Report of the Indian Hemp Drugs Commission, 1894-1895 - Volume IV
Year: 1894
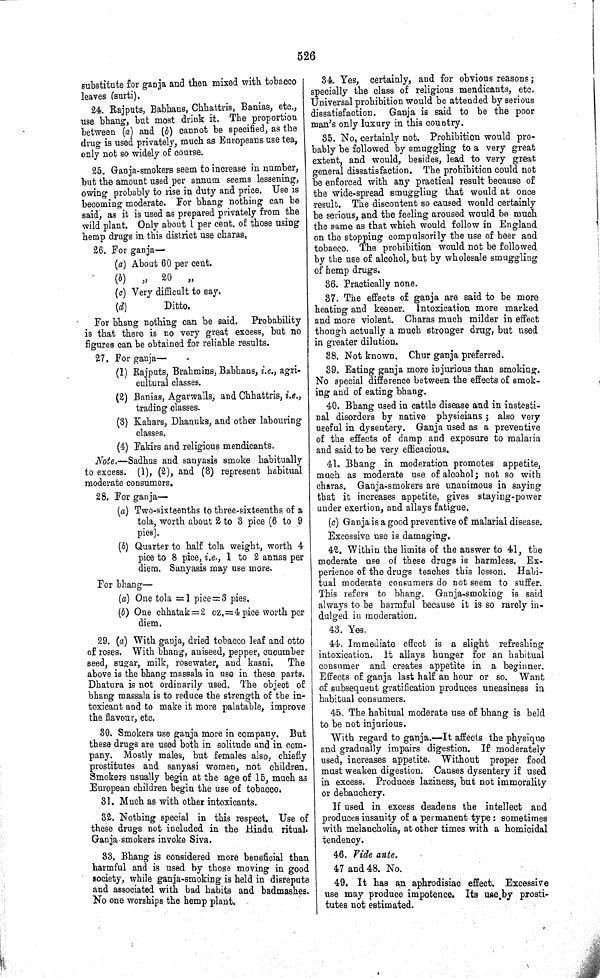
526
substitute for ganja and then mixed with tobacco
leaves (surti).
24. Rajputs, Babhans, Chhattris, Banias, etc.,
use bhang, but most drink it. The proportion
between (a) and (b) cannot be specified, as the
drug is used privately, much as Europeans use tea,
only not so widely of course.
25. Ganja-smokers seem to increase in number,
but the amount used per annum seems lessening,
owing probably to rise in duty and price. Use is
becoming moderate. For bhang nothing can be
said, as it is used as prepared privately from the
wild plant. Only about 1 per cent. of those using
hemp drugs in this district use charas.
26. For ganja—
(a) About 60 per cent.
(b)
"
20
"
(c) Very difficult to say.
(d)
Ditto.
For bhang nothing can be said.
Probability
is that there is no very great excess, but no
figures can be obtained for reliable results.
27. For ganja—
(1) Rajputs, Brahmins, Babhans, i.e., agri-
cultural classes.
(2) Banias, Agarwalls, and Chhattris, i.e.,
trading classes.
(3) Kahars, Dhanuks, and other labouring
classes.
(4) Fakirs and religious mendicants.
Note.—Sadhus and sanyasis smoke habitually
to excess. (1), (2), and (3) represent habitual
moderate consumers.
28. For ganja—
(a) Two-sixteenths to three-sixteenths of a
tola, worth about 2 to 3 pice (6 to 9
pies).
(b) Quarter to half tola weight, worth 4
pice to 8 pice, i.e., 1 to 2 annas per
diem. Sanyasis may use more.
For bhang—
(a) One tola = 1 pice = 3 pies.
(b) One chhatak = 2 oz. = 4 pice worth per
diem.
29. (a) With ganja, dried tobacco leaf and otto
of roses. With bhang, aniseed, pepper, cucumber
seed, sugar, milk, rosewater, and kasni.
The
above is the bhang massala in use in these parts.
Dhatura is not ordinarily used. The object of
bhang massala is to reduce the strength of the in-
toxicant and to make it more palatable, improve
the flavour, etc.
30. Smokers use ganja more in company. But
these drugs are used both in solitude and in com-
pany. Mostly males, but females also, chiefly
prostitutes and sanyasi women, not children.
Smokers usually begin at the age of 15, much as
European children begin the use of tobacco.
31. Much as with other intoxicants.
32. Nothing special in this respect. Use of
these drugs not included in the Hindu ritual.
Ganja smokers invoke Siva.
33. Bhang is considered more beneficial than
harmful and is used by those moving in good
society, while ganja-smoking is held in disrepute
and associated with bad habits and badmashes.
No one worships the hemp plant.
34. Yes, certainly, and for obvious reasons;
specially the class of religious mendicants, etc.
Universal prohibition would be attended by serious
dissatisfaction. Ganja is said to be the poor
man's only luxury in this country.
35. No, certainly not. Prohibition would pro-
bably be followed by smuggling to a very great
extent, and would, besides, lead to very great
general dissatisfaction. The prohibition could not
be enforced with any practical result because of
the wide-spread smuggling that would at once
result. The discontent so caused would certainly
be serious, and the feeling aroused would be much
the same as that which would follow in England
on the stopping compulsorily the use of beer and
tobacco. The prohibition would not be followed
by the use of alcohol, but by wholesale smuggling
of hemp drugs.
36. Practically none.
37. The effects of ganja are said to be more
heating and keener. Intoxication more marked
and more violent. Charas much milder in effect
though actually a much stronger drug, but used
in greater dilution.
38. Not known. Chur ganja preferred.
39. Eating ganja more injurious than smoking.
No special difference between the effects of smok-
ing and of eating bhang.
40. Bhang used in cattle disease and in instesti-
nal disorders by native physicians; also very
useful in dysentery. Ganja used as a preventive
of the effects of damp and exposure to malaria
and said to be very efficacious.
41. Bhang in moderation promotes appetite,
much as moderate use of alcohol; not so with
charas. Ganja-smokers are unanimous in saying
that it increases appetite, gives staying-power
under exertion, and allays fatigue.
(c) Ganja is a good preventive of malarial disease.
Excessive use is damaging.
42. Within the limits of the answer to 41, the
moderate use of these drugs is harmless. Ex-
perience of the drugs teaches this lesson. Habi-
tual moderate consumers do not seem to suffer.
This refers to bhang. Ganja-smoking is said
always to be harmful because it is so rarely in-
dulged in moderation.
43. Yes.
44. Immediate effect is a slight refreshing
intoxication. It allays hunger for an habitual
consumer and creates appetite in a beginner.
Effects of ganja last half an hour or so. Want
of subsequent gratification produces uneasiness in
habitual consumers.
45. The habitual moderate use of bhang is held
to be not injurious.
With regard to ganja.—It affects the physique
and gradually impairs digestion. If moderately
used, increases appetite. Without proper food
must weaken digestion. Causes dysentery if used
in excess. Produces laziness, but not immorality
or debauchery.
If used in excess deadens the intellect and
produces insanity of a permanent type: sometimes
with melancholia, at other times with a homicidal
tendency.
46. Vide ante.
47 and 48. No.
49. It has an aphrodisiac effect. Excessive
use may produce impotence. Its use by prosti-
tutes not estimated.